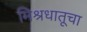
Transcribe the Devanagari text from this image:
मिश्रधातूचा